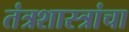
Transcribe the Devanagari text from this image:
तंत्रशास्त्रांचा